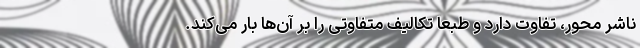
ناشر محور، تفاوت دارد و طبعاً تکالیف متفاوتی را بر آن‌ها بار می‌کند.